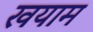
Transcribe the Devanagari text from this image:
खयाम